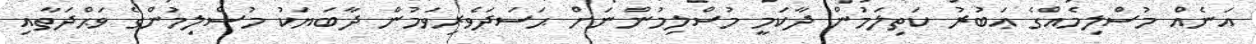
އަނެއް މުސްލިމެއްގެ ޢަބުރު ކަތިލަމުން ދާކަމީ މުސްލިމުންނަށް ޙަސަދަވެރިވަމުން ދާބަޔަކު މުސްލިމުންގެ ވަޙްދަތާއި